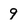
Character: 9